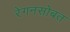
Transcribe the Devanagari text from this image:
रेगनसोबत